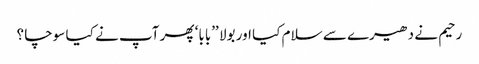
رحیم نے دھیرے سے سلام کیا اور بولا ’’بابا‘ پھر آپ نے کیا سوچا ؟